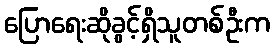
ပြောရေးဆိုခွင့်ရှိသူတစ်ဦးက